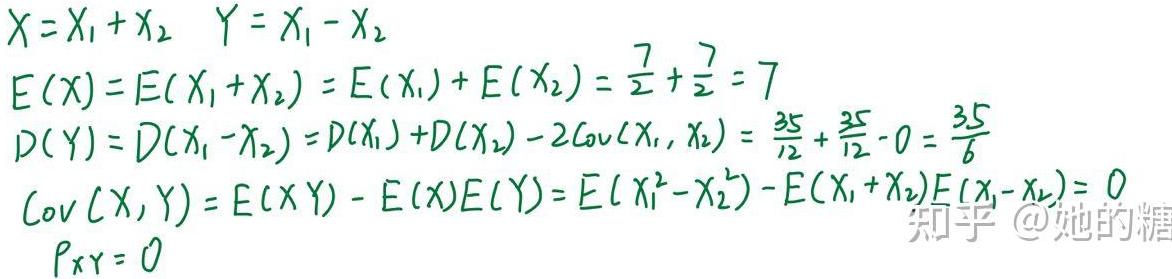
\[
\begin{align*}
X&=X_1 + X_2\quad Y = X_1 - X_2\\
E(X)&=E(X_1 + X_2)=E(X_1)+E(X_2)=\frac{7}{2}+\frac{7}{2}=7\\
D(Y)&=D(X_1 - X_2)=D(X_1)+D(X_2)-2\mathrm{Cov}(X_1,X_2)=\frac{35}{12}+\frac{35}{12}-0=\frac{35}{6}\\
\mathrm{Cov}(X,Y)&=E(XY)-E(X)E(Y)=E(X_1^2 - X_2^2)-E(X_1 + X_2)E(X_1 - X_2)=0\\
\rho_{XY}&=0
\end{align*}
\]